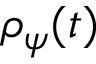
\rho _ { \psi } ( t )